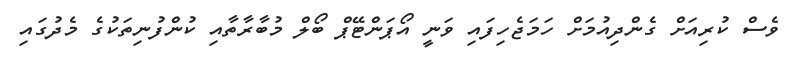
ވެސް ކުރިއަށް ގެންދިއުމަށް ހަމަޖެހިފައި ވަނީ އޯޕަންޓޭޕް ބޯލް މުބާރާތާއި ކުންފުނިތަކުގެ މެދުގައި